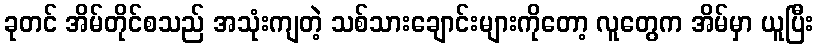
ခုတင် အိမ်တိုင်စသည် အသုံးကျတဲ့ သစ်သားချောင်းများကိုတော့ လူတွေက အိမ်မှာ ယူပြီး